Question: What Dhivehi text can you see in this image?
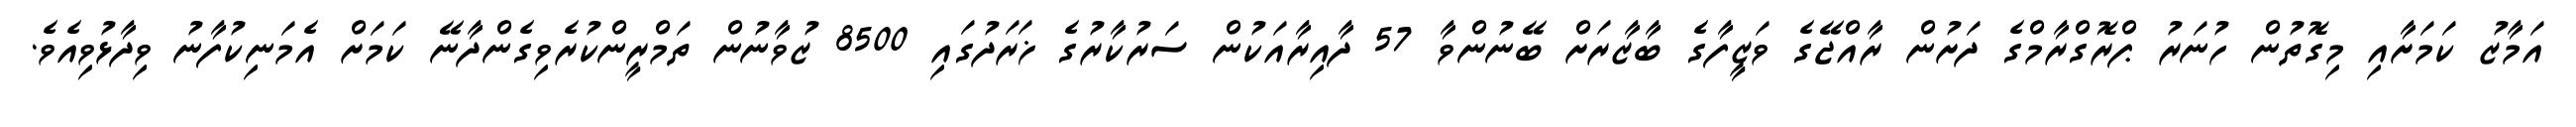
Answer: އަމާޒު ކަމަށާއި މިގޮތުން ހުނަރު ޕްރޮގްރާމްގެ ދަށުން ރާއްޖޭގެ ވަޒީފާގެ ބާޒާރަށް ބޭނުންވާ 57 ދާއިރާއަކުން ސަރުކާރުގެ ޚަރަދުގައި 8500 ޒުވާނުން ތަމްރީންކުރެވިގެންދާނޭ ކަމަށް އެމަނިކުފާނު ވިދާޅުވިއެވެ.